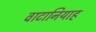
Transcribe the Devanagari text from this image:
वाटानियाह